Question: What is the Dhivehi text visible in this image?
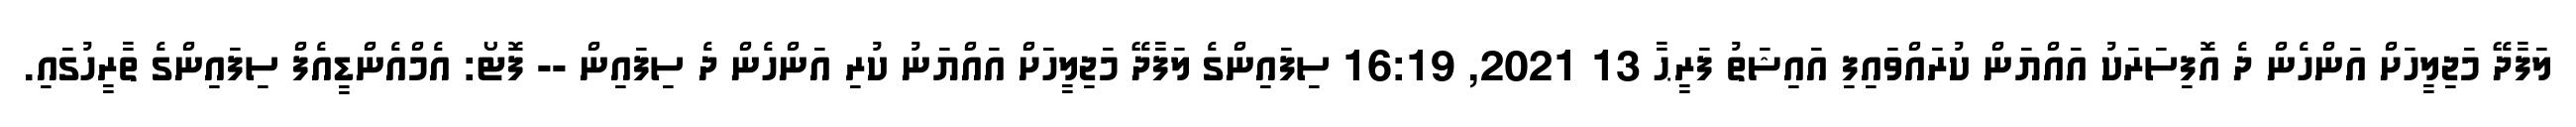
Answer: ލަފާދޭ މަޖިލީހަށް އަންހެން ދެ އޮފިސަރަކު އައްޔަން ކުރައްވައިފި އައިޝަތު ފަރީޙާ 13 2021, 16:19 ސިފައިންގެ ލަފާދޭ މަޖިލީހަށް އައްޔަނު ކުރި އަންހެން ދެ ސިފައިން -- ފޮޓޯ: އެމްއެންޑީއެފް ސިފައިންގެ ތާރީހުގައި.